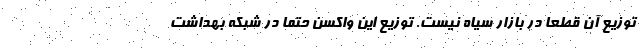
توزیع آن قطعا در بازار سیاه نیست. توزیع این واکسن حتما در شبکه بهداشت